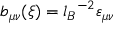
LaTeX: b _ { \mu \nu } ( \xi ) = { l _ { B } } ^ { - 2 } \varepsilon _ { \mu \nu }